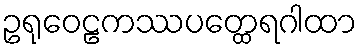
ဥရုဝေဠကဿပတ္ထေရဂါထာ